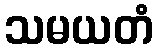
သမယတံ